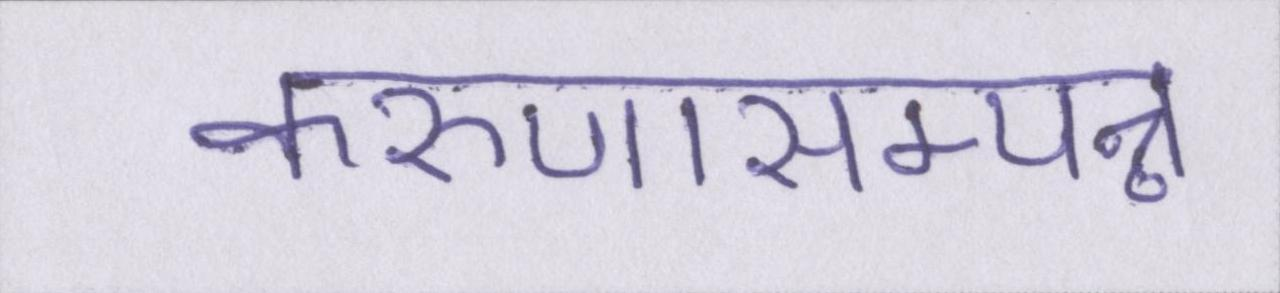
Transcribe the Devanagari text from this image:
करुणासम्पन्न